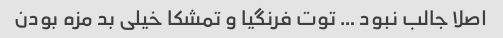
اصلا جالب نبود … توت فرنگیا و تمشکا خیلی بد مزه بودن